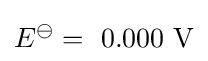
E^{\ominus }=\ 0.000\ \mathrm {V}